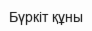
Бүркіт құны